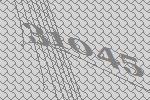
31045